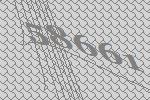
58661